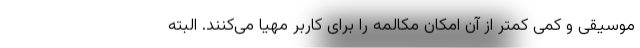
موسیقی و کمی کمتر از آن امکان مکالمه را برای کاربر مهیا می‌کنند. البته